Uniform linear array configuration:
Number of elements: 48
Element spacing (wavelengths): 1
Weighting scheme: uniform
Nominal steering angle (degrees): -45
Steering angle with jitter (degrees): -44.805
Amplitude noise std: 0.05
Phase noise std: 0.05

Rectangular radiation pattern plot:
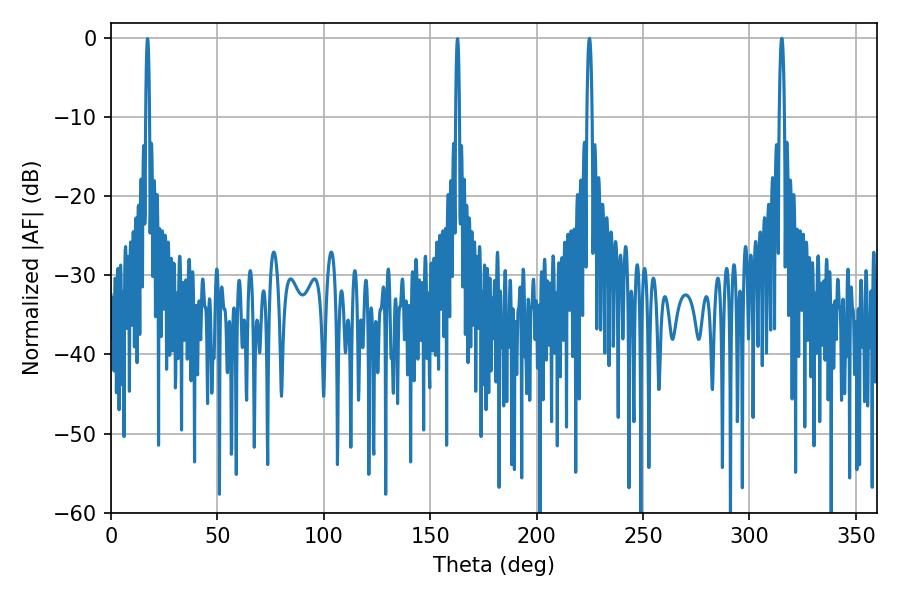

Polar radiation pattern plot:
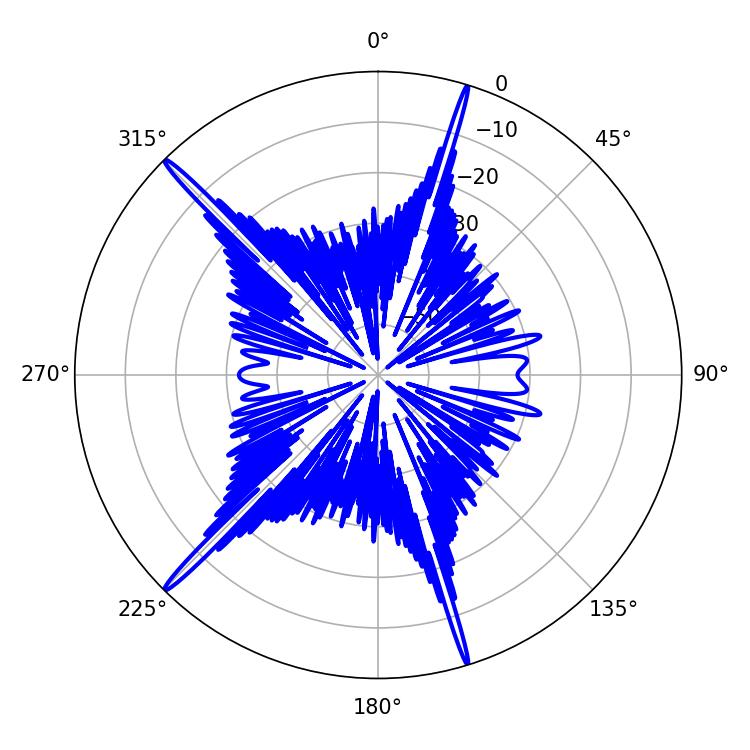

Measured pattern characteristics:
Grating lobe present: TRUE
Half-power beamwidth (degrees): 1.44
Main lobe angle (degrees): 315.18